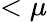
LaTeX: <\mu